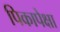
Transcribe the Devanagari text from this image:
पिकापेक्षा